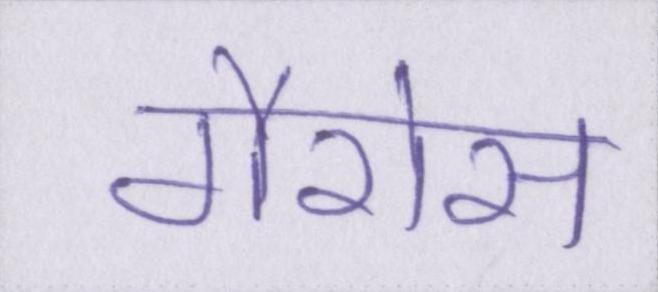
गैरोस